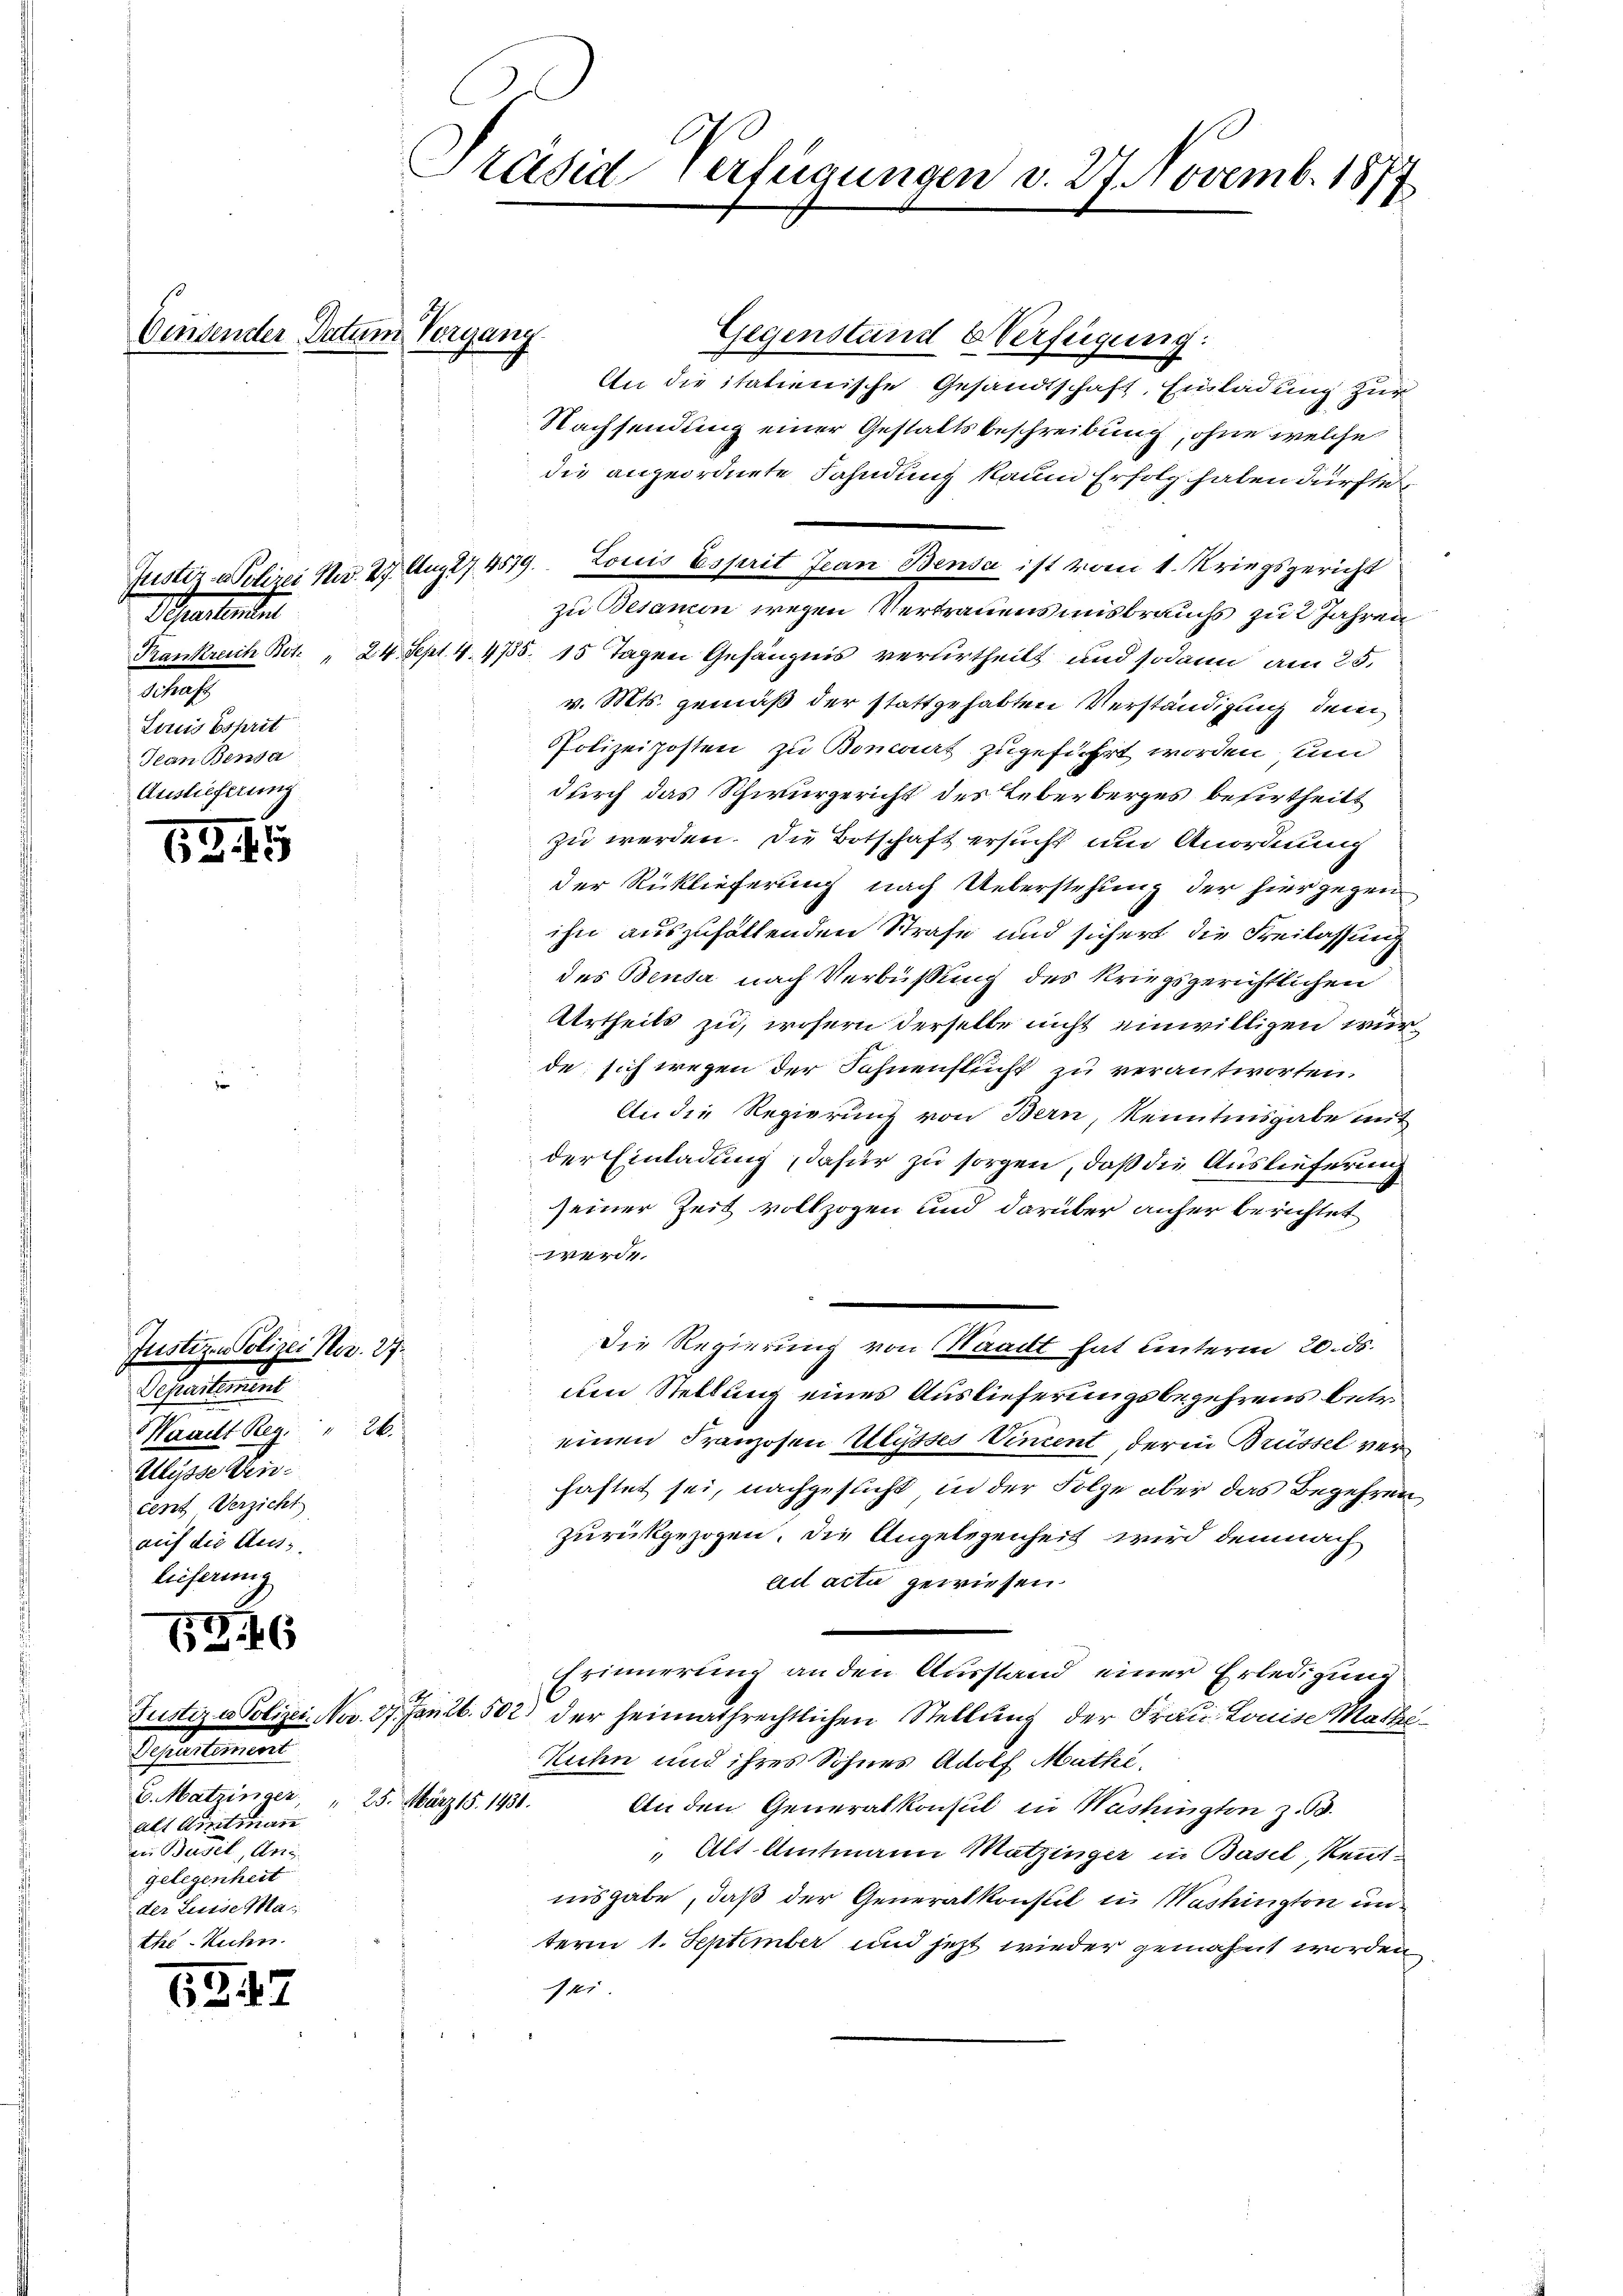
Ginsender Datum Vergang.

Praesenden
Schaft
Loriis Esprit
Jean Benda
Auslieferung

1345

Justizen Polizei Nov. 27.
Departement
Waadt Reg. " 26.
Ulysse dencent Verzicht
auf die Auss
lieferung
3.46

342

Präsid verfügungen v. 27. Novemb. 1877

Testationen
6. Matzinger " 25. März 18. 1431.
als Amtman
in Basel, Ans
gelegenheit
der Luise Mai
the-Ruhn

Gegenstände Verfügung:
An die italienische Gesandtschaft, Einladung zur
Nachsendung einer Gestaltsbeschreibung, ohne welche
die angeordnete Fahndung kaum Erfolg haben dürfte
Justiz & Polizei Mad. 27. Aug 17. 4579. Louis Esprit Jean Benda ist vom 1. Kriegsgericht
zu Besamon wegen Vertrauensmisbrauchs zu 2 Jahren
Krankreich Bot. " 24. Sept. 4. 475. 15 Tagen Gefängnis verurtheilt und sodann am 25.
v. Mts. gemäß der stattgehabten Verständigung dem
Polizeiposten zu Boncant zugeführt worden, ein
durch das Schwurgericht des Leberberges besertheilt
zu werden. Die Botschaft ersucht um Anordnung
der Rücklieferung nach Ueberstehung der hier gegen
ihn auszuhaltenden Strafe und sicher die Freilassung
des Benda nach Verbüssung des kriegsgerichtlichen
Urtheils zu, wofern derselbe nicht einwilligen würde sich wegen der Fahnenstucht zu verantworten.
An die Regierung von Bern, Kenntnisgabe mit
der Einladung dafür zu sorgen, daß die Auslieferung
seiner Zeit vollzogen und darüber anher berichtet
werde.
Die Regierung von Waadt hat unterm 20. ds.
8
uen Stellung eines Auslieferungsbegehrens betr.
einen Franzosen Ulysses Vincent, derin Brüssel verhaftet sei, nachgesucht in der Folge aber das Begehren
zurückgezogen, die Angelegenheit wird demnach
ad acta gewiesen.
Erinnerung an den Ausstand einer Erledigung
d
Justiz & Polizei- Nov. 27. Jan 26. 502 der heimathrechtlichen Stellung der Frau Louise Mathe¬
Kuhn und ihres Sohnes Adolf Mathi
An den Generalkonsul in Washington z. B.
" Alt Amtmann Matzinger in Basel, Kenntnisgabe, daß der Generalkonsul in Washington un
term 1. September und jezt wieder gemahnt worden
sei.